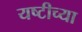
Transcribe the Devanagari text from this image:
यष्टीच्या